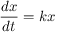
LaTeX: \! \, { \frac { d x } { d t } } = k x